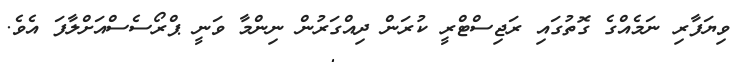
ވިޔަފާރި ނަމެއްގެ ގޮތުގައި ރަޖިސްޓްރީ ކުރަން ދިއްގަރުން ނިންމާ ވަނީ ޕްރޯސެސްއަށްލާފަ އެވެ.